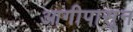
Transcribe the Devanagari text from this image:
आगीपासून